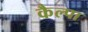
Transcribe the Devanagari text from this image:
कैल्पा